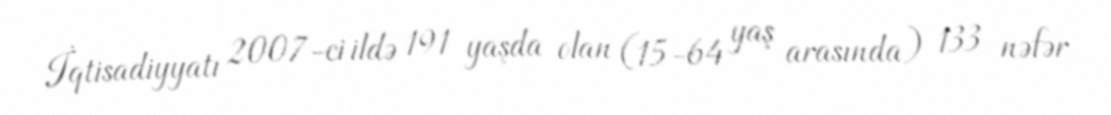
İqtisadiyyatı 2007-ci ildə 191 yaşda olan (15-64 yaş arasında) 133 nəfər